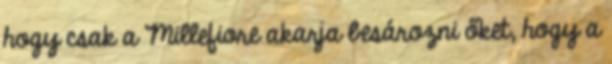
hogy csak a Millefiore akarja besározni őket, hogy a